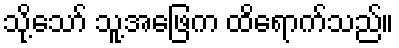
သို့သော် သူ့အဖြေက ထိရောက်သည်။